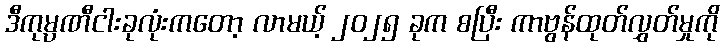
ဒီကုမ္ပဏီငါးခုလုံးကတော့ လာမယ့် ၂၀၂၅ ခုက စပြီး ကာဗွန်ထုတ်လွှတ်မှုကို